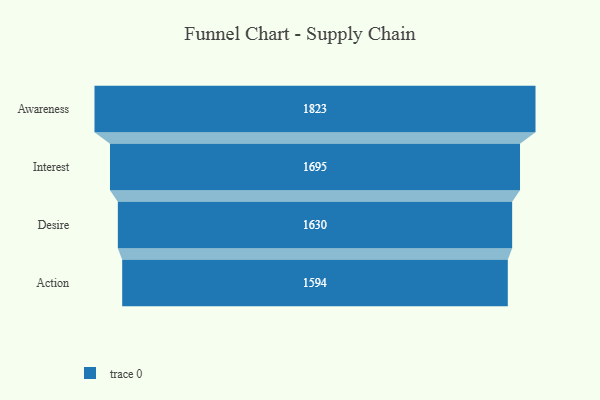
{"axis": {"x": "Stage", "y": "Value"}, "legend": [""], "data": [{"x": "Awareness", "y": 1823.0, "type": ""}, {"x": "Interest", "y": 1695.0, "type": ""}, {"x": "Desire", "y": 1630.0, "type": ""}, {"x": "Action", "y": 1594.0, "type": ""}]}